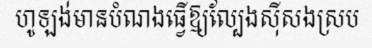
ហូឡង់មានបំណងធ្វើឱ្យល្បែងស៊ីសងស្រប